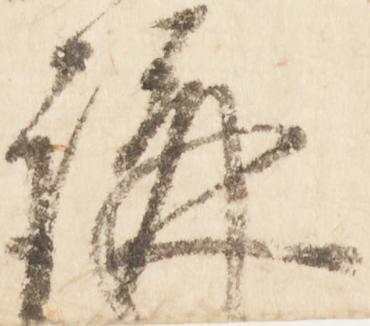
講